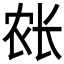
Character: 𲈥